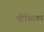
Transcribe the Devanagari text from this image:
पोस्टिका